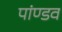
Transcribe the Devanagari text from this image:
पांण्‍डव